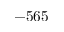
- 5 6 5